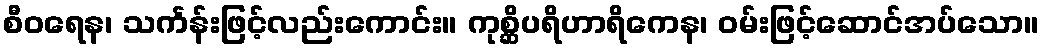
စီဝရေန၊ သင်္ကန်းဖြင့်လည်းကောင်း။ ကုစ္ဆိပရိဟာရိကေန၊ ဝမ်းဖြင့်ဆောင်အပ်သော။